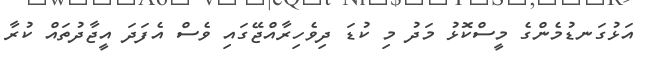
އަޅުގަނޑުމެންގެ މީސްކޮޅު މަދު މި ކުޑަ ދިވެހިރާއްޖޭގައި ވެސް އެފަދަ އީޖާދުތައް ކުރާ